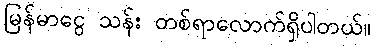
မြန်မာငွေ သန်း တစ်ရာလောက်ရှိပါတယ်။